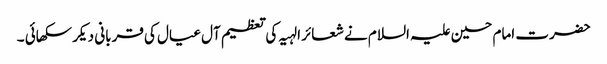
حضرت امام حسین علیہ السلام نے شعائر الہیہ کی تعظیم آل عیال کی قربانی دیکر سکھائی ۔